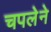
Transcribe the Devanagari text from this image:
चपलेने